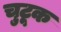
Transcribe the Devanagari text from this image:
चुटूक